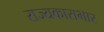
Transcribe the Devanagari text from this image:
राज्यकाराभार